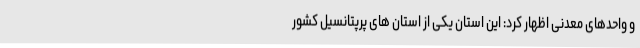
و واحدهای معدنی اظهار کرد: این استان یکی از استان های پرپتانسیل کشور